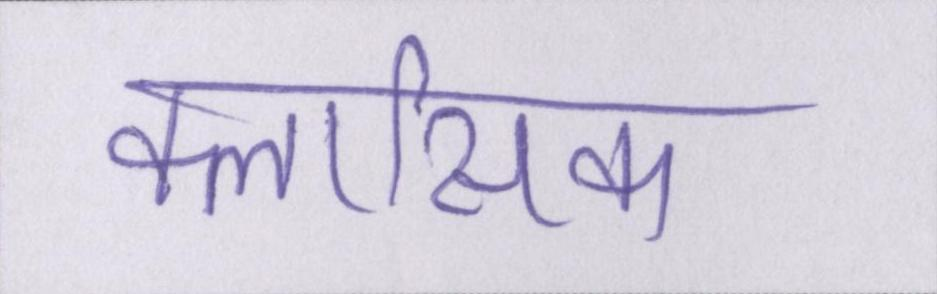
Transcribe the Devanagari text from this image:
क्लासिक